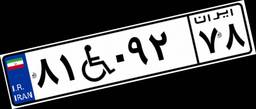
۳۹W۵۶۶۳۱